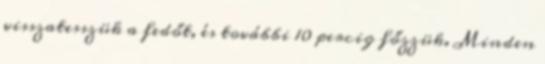
visszatesszük a fedőt, és további 10 percig főzzük. Minden